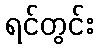
ရင်တွင်း